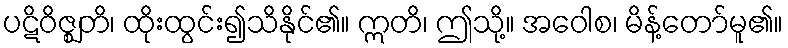
ပဋိဝိဇ္ဈတိ၊ ထိုးထွင်း၍သိနိုင်၏။ ဣတိ၊ ဤသို့။ အဝေါစ၊ မိန့်တော်မူ၏။